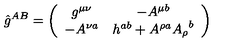
\hat { g } ^ { A B } = \left( \begin{array} { c c } { g ^ { \mu \nu } } & { - A ^ { \mu b } } \\ { - A ^ { \nu a } } & { h ^ { a b } + A ^ { \rho a } { A _ { \rho } } ^ { b } } \\ \end{array} \right)